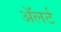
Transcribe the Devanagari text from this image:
अॅलर्ट